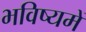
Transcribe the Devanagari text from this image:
भविष्‍यमें